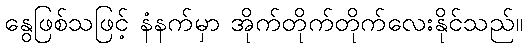
နွေဖြစ်သဖြင့် နံနက်မှာ အိုက်တိုက်တိုက်လေးနိုင်သည်။